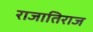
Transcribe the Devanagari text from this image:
राजातिराज